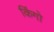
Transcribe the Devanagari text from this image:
किंगो